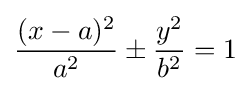
{\frac {(x-a)^{2}}{a^{2}}}\pm {\frac {y^{2}}{b^{2}}}=1